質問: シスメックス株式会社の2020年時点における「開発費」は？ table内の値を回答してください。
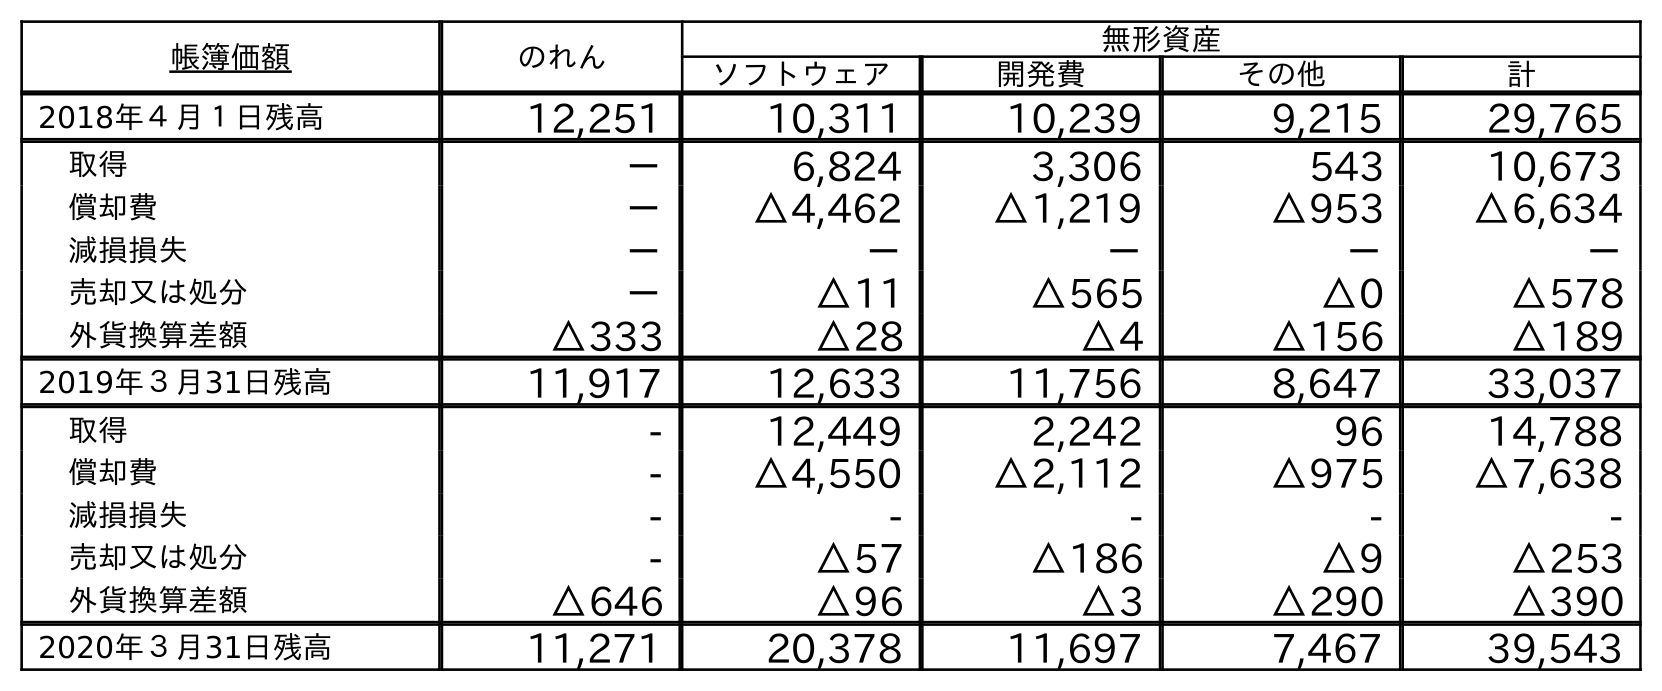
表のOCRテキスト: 帳簿価額 のれん 無形資産 ソフトウェア 開発費 その他 計 2018年４月１日残高 12,251 10,311 10,239 9,215 29,765 取得 － 6,824 3,306 543 10,673 償却費 － △4,462 △1,219 △953 △6,634 減損損失 － － － － － 売却又は処分 － △11 △565 △0 △578 外貨換算差額 △333 △28 △4 △156 △189 2019年３月31日残高 11,917 12,633 11,756 8,647 33,037 取得 - 12,449 2,242 96 14,788 償却費 - △4,550 △2,112 △975 △7,638 減損損失 - - - - - 売却又は処分 - △57 △186 △9 △253 外貨換算差額 △646 △96 △3 △290 △390 2020年３月31日残高 11,271 20,378 11,697 7,467 39,543
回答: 11,697